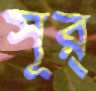
সূর্